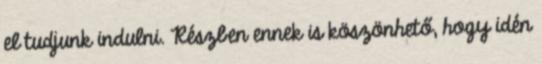
el tudjunk indulni. Részben ennek is köszönhető, hogy idén